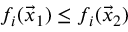
f _ { i } ( { \vec { x } } _ { 1 } ) \leq f _ { i } ( { \vec { x } } _ { 2 } )